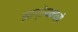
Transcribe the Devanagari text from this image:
झाग्रेबामध्ये